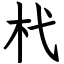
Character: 杙